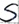
Text: S